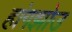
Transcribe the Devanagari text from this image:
हांगझोउ